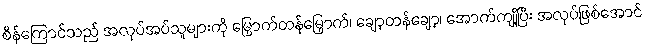
စိန်ကြောင်သည် အလုပ်အပ်သူများကို မြှောက်တန်မြှောက်၊ ချော့တန်ချော့၊ အောက်ကျို့ပြီး အလုပ်ဖြစ်အောင်